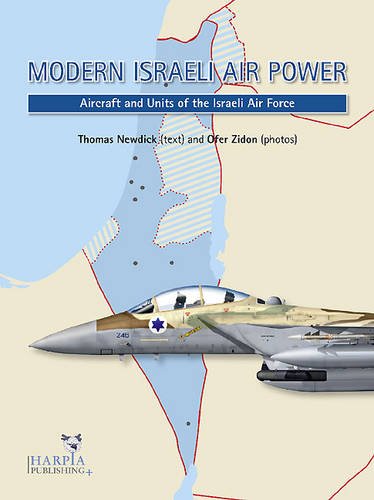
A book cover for Modern Israeli Air Power: Aircraft and Units of the Israeli Air Force; Thomas Newdick; Arts & Photography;